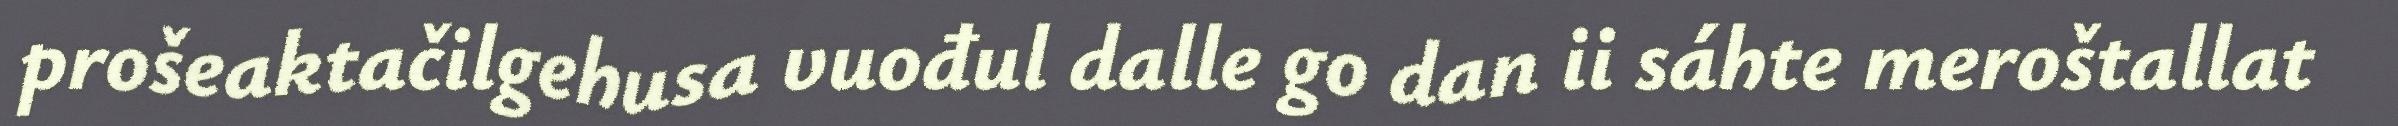
prošeaktačilgehusa vuođul dalle go dan ii sáhte meroštallat